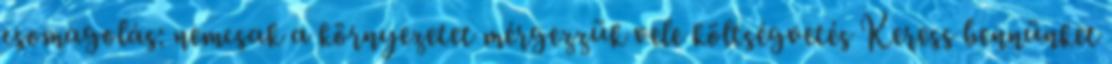
csomagolás: nemcsak a környezetet mérgezzük vele költségvetés Keress bennünket